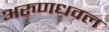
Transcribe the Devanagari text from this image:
अरुणधवल